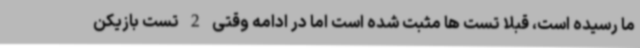
ما رسیده است، قبلا تست ها مثبت شده است اما در ادامه وقتی 2 تست بازیکن